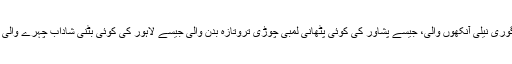
بالکل ویسی ہی گوری گوری نیلی آنکھوں والی، جیسے پشاور کی کوئی پٹھانی لمبی چوڑی تروتازہ بدن والی جیسے لاہور کی کوئی بٹنی شاداب چہرے والی اس میں کلچر کہاں ہے۔